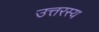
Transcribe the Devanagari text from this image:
उत्तरस्य